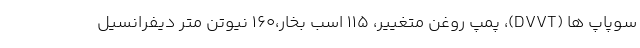
سوپاپ ها (DVVT)، پمپ روغن متغییر، 115 اسب بخار،160 نیوتن متر دیفرانسیل